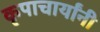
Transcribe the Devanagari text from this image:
कृपाचार्यांनी